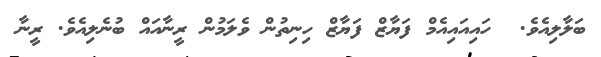
ބަލާލިއެވެ.  ހައިއައިއެމް ފަޔާޒް ފަޔާޒް ހިނިތުން ވެލަމުން ރީނާއައް ބުނެލިއެވެ. ރީނާ